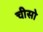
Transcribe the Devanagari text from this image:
चीसो